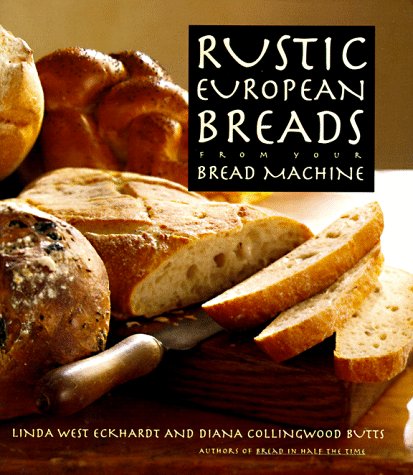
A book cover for Rustic European Breads: From Your Bread Machine; Linda West Eckhardt; Cookbooks, Food & Wine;